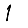
Digit: 1